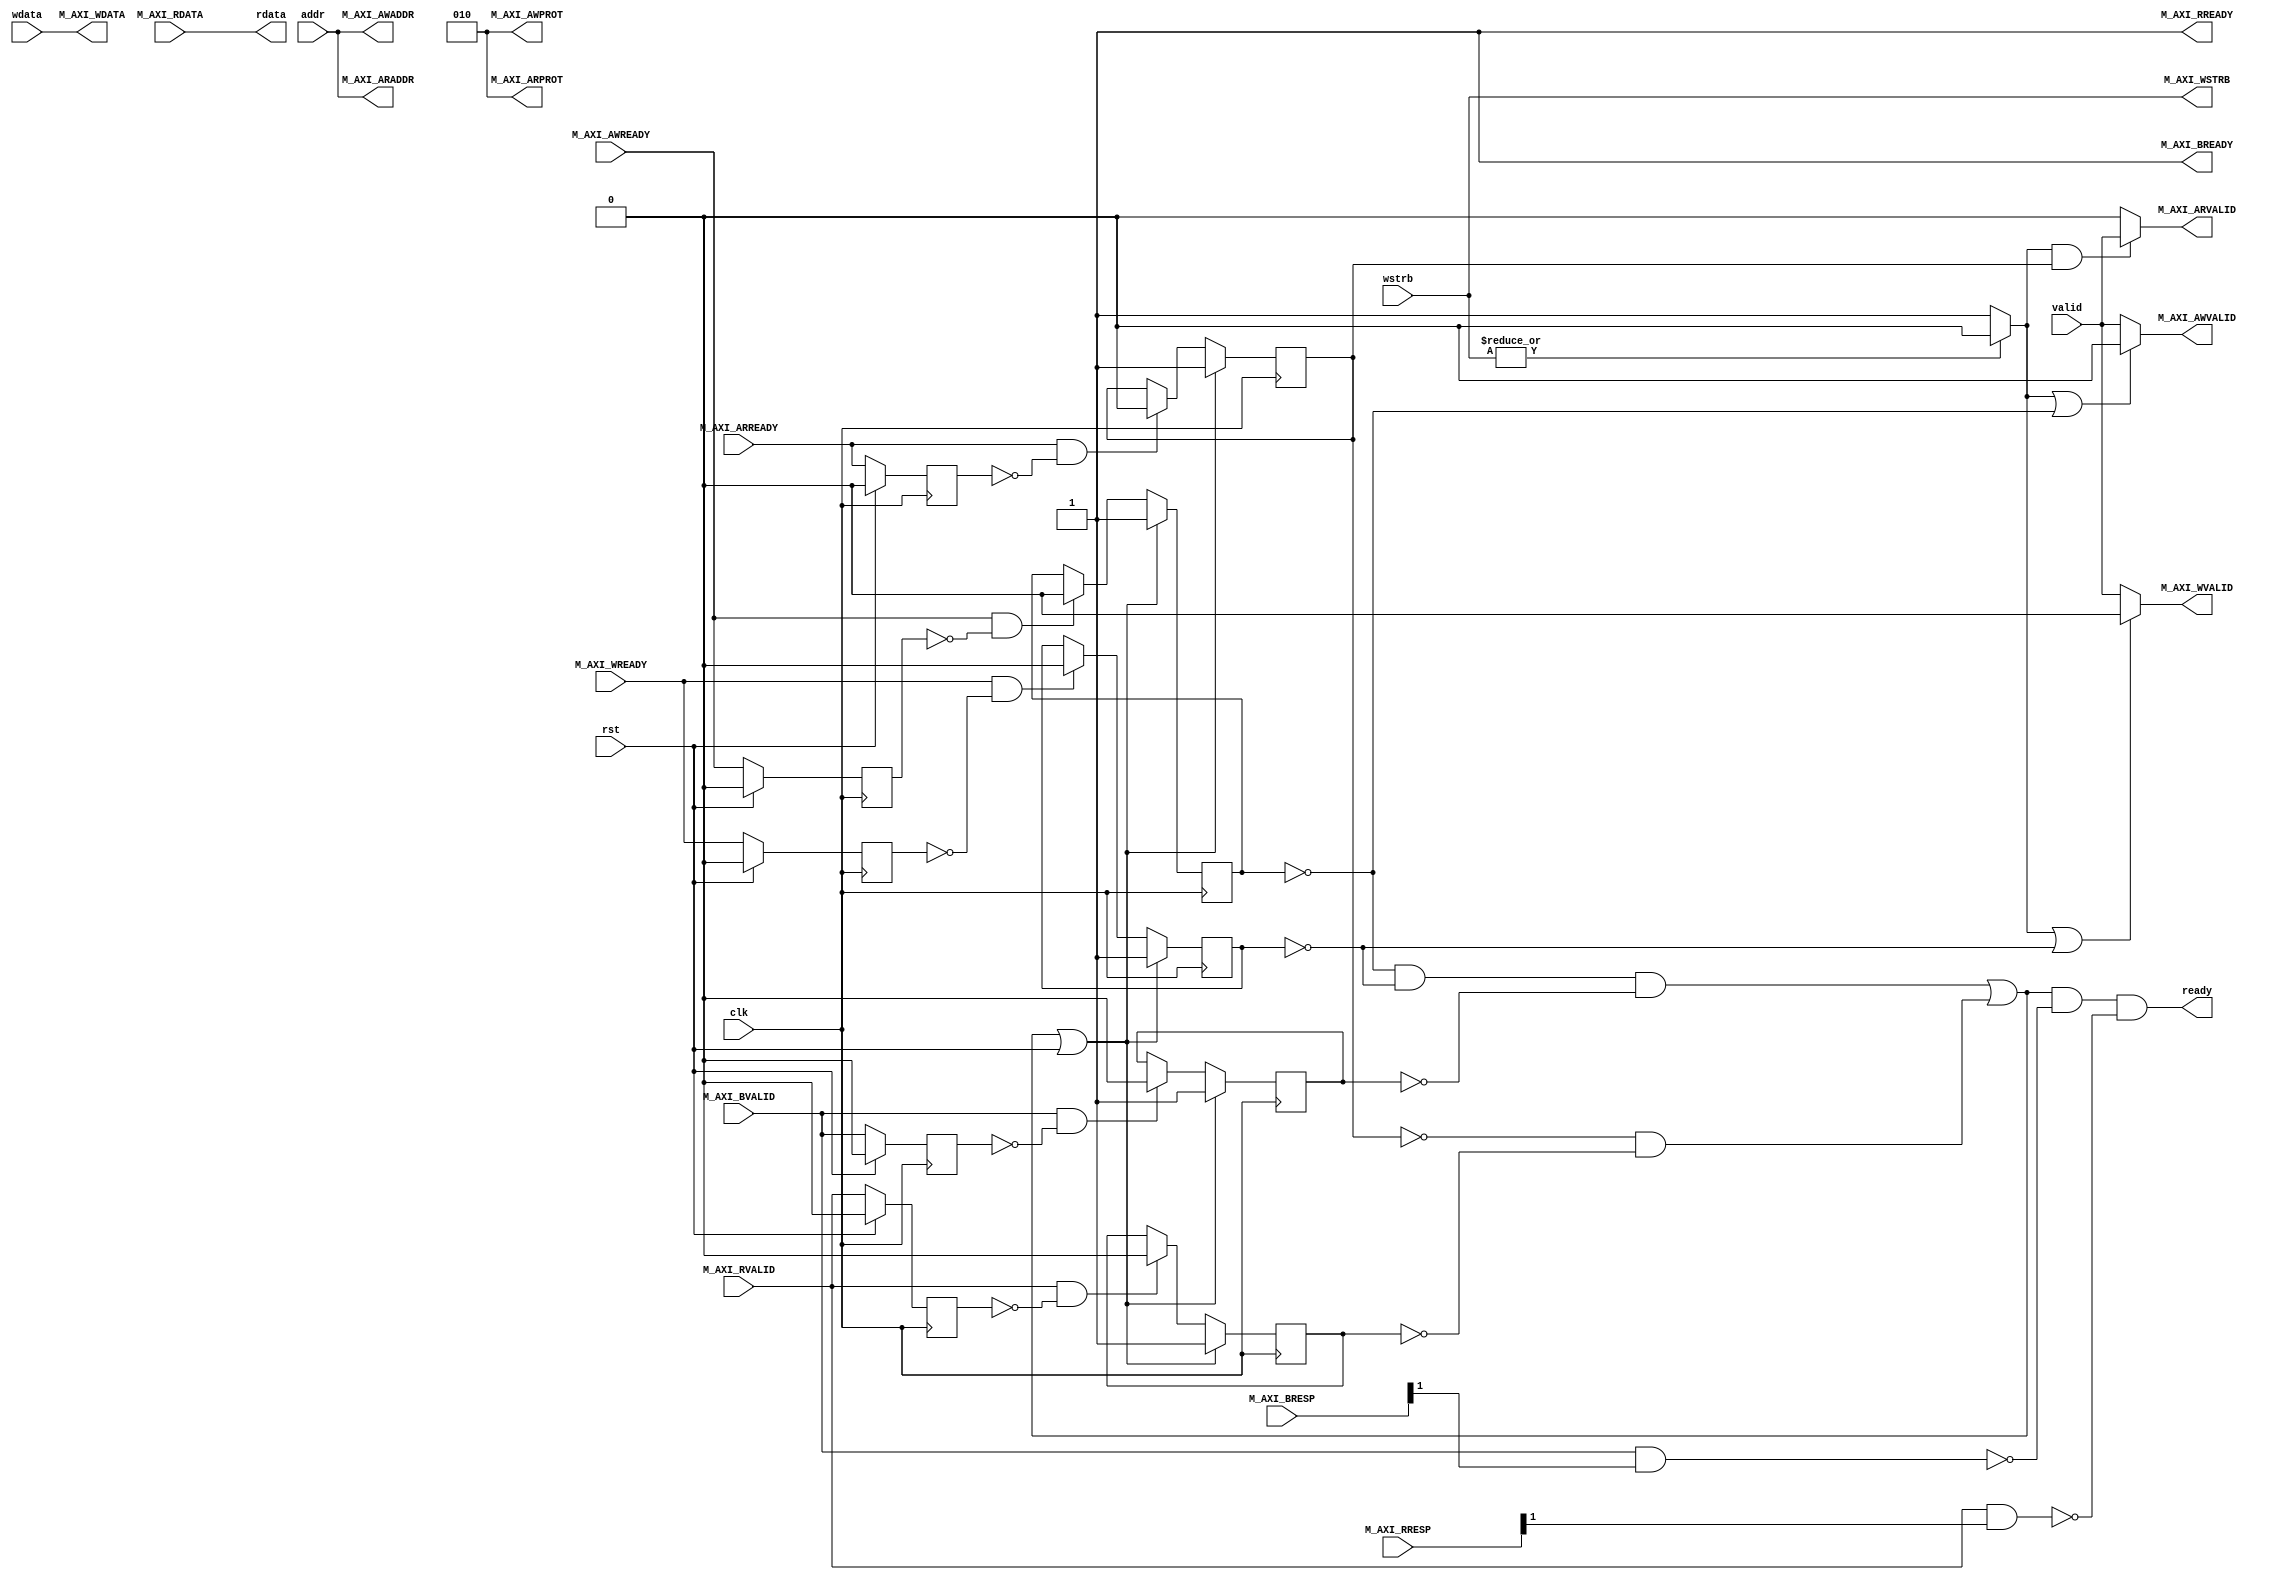
module iob2axi #
  (
   parameter ADDR_W = 32,
   parameter DATA_W = 32
   )
  (
   input                 clk,
   input                 rst,

   // Native interface
   input                 valid,
   input [ADDR_W-1:0]    addr,
   input [DATA_W-1:0]    wdata,
   input [DATA_W/8-1:0]  wstrb,
   output [DATA_W-1:0]   rdata,
   output                ready,

   // AXI4-lite interface
   // Master Interface Write Address
   output [ADDR_W-1:0]   M_AXI_AWADDR,
   output [2:0]          M_AXI_AWPROT,
   output                M_AXI_AWVALID,
   input                 M_AXI_AWREADY,

   // Master Interface Write Data
   output [DATA_W-1:0]   M_AXI_WDATA,
   output [DATA_W/8-1:0] M_AXI_WSTRB,
   output                M_AXI_WVALID,
   input                 M_AXI_WREADY,

   // Master Interface Write Response
   input [1:0]           M_AXI_BRESP,
   input                 M_AXI_BVALID,
   output                M_AXI_BREADY,

   // Master Interface Read Address
   output [ADDR_W-1:0]   M_AXI_ARADDR,
   output [2:0]          M_AXI_ARPROT,
   output                M_AXI_ARVALID,
   input                 M_AXI_ARREADY,

   // Master Interface Read Data 
   input [DATA_W-1:0]    M_AXI_RDATA,
   input [1:0]           M_AXI_RRESP,
   input                 M_AXI_RVALID,
   output                M_AXI_RREADY
   );

   // Read not write
   wire                  rnw = (|wstrb)? 1'b0: 1'b1;

   // Transaction errors
   wire                  wr_err = M_AXI_BVALID & M_AXI_BRESP[1];
   wire                  rd_err = M_AXI_RVALID & M_AXI_RRESP[1];

   // Posedge detection
   wire                  M_AXI_AWREADY_pos = M_AXI_AWREADY & ~M_AXI_AWREADY_reg;
   wire                  M_AXI_ARREADY_pos = M_AXI_ARREADY & ~M_AXI_ARREADY_reg;
   wire                  M_AXI_WREADY_pos = M_AXI_WREADY & ~M_AXI_WREADY_reg;
   wire                  M_AXI_RVALID_pos = M_AXI_RVALID & ~M_AXI_RVALID_reg;
   wire                  M_AXI_BVALID_pos = M_AXI_BVALID & ~M_AXI_BVALID_reg;

   reg                   M_AXI_AWREADY_reg;
   reg                   M_AXI_ARREADY_reg;
   reg                   M_AXI_WREADY_reg;
   reg                   M_AXI_RVALID_reg;
   reg                   M_AXI_BVALID_reg;

   reg                   en_aw;
   reg                   en_ar;
   reg                   en_w;
   reg                   en_r;
   reg                   en_b;

   assign M_AXI_AWPROT = 3'b010;
   assign M_AXI_ARPROT = 3'b010;

   assign M_AXI_BREADY = 1'b1;
   assign M_AXI_RREADY = 1'b1;

   assign M_AXI_AWVALID = (rnw | ~en_aw)? 1'b0 : valid;
   assign M_AXI_ARVALID = (rnw & en_ar)? valid : 1'b0;

   assign M_AXI_AWADDR = addr;
   assign M_AXI_ARADDR = addr;

   assign M_AXI_WVALID = (rnw | ~en_w)? 1'b0 : valid;

   assign rdata = M_AXI_RDATA;
   assign M_AXI_WDATA = wdata;
   assign M_AXI_WSTRB = wstrb;

   assign ready = ready_int & ~wr_err & ~rd_err;

   wire ready_int = (~en_aw & ~en_w & ~en_b) |
                    (~en_ar & ~en_r);

   always @ (posedge clk) begin
      if (rst) begin
         M_AXI_AWREADY_reg <= 1'b0;
         M_AXI_ARREADY_reg <= 1'b0;
         M_AXI_WREADY_reg <= 1'b0;
         M_AXI_RVALID_reg <= 1'b0;
         M_AXI_BVALID_reg <= 1'b0;
      end else begin
         M_AXI_AWREADY_reg <= M_AXI_AWREADY;
         M_AXI_ARREADY_reg <= M_AXI_ARREADY;
         M_AXI_WREADY_reg <= M_AXI_WREADY;
         M_AXI_RVALID_reg <= M_AXI_RVALID;
         M_AXI_BVALID_reg <= M_AXI_BVALID;
      end
   end

   always @ (posedge clk) begin
      if (ready_int | rst) begin
         en_aw <= 1'b1;
         en_ar <= 1'b1;
         en_w <= 1'b1;
         en_r <= 1'b1;
         en_b <= 1'b1;
      end else begin
         if (M_AXI_AWREADY_pos) begin
            en_aw <= 1'b0;
         end 
         if (M_AXI_ARREADY_pos) begin
            en_ar <= 1'b0;
         end 
         if (M_AXI_WREADY_pos) begin
            en_w <= 1'b0;
         end 
         if (M_AXI_RVALID_pos) begin
            en_r <= 1'b0;
         end 
         if (M_AXI_BVALID_pos) begin
            en_b <= 1'b0;
         end
      end
   end

endmodule